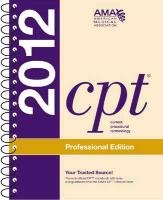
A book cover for CPT Professional 2012 (Spiralbound) (Current Procedural Terminology (CPT) Professional); American Medical Association; Medical Books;